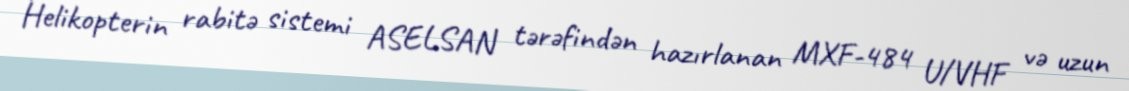
Helikopterin rabitə sistemi ASELSAN tərəfindən hazırlanan MXF-484 U/VHF və uzun